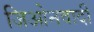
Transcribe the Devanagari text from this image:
जिओनवादी